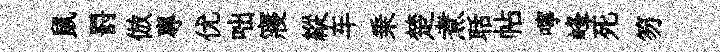
鼠罸倣專优咄寢縱车乗楚煮聒帖嚀峰死笏